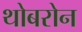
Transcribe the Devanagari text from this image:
थोबरोन